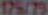
175/75